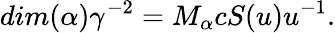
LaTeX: dim(\alpha)\gamma^{-2}=M_{\alpha}cS(u)u^{-1}.